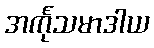
အင်္ကုသမာဒါယ